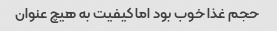
حجم غذا خوب بود اما کیفیت به هیچ عنوان